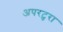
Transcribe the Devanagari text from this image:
अपरटुरा